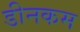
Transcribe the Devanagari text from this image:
डीनकम